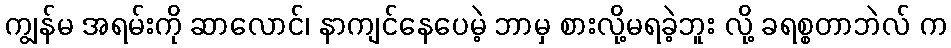
ကျွန်မ အရမ်းကို ဆာလောင်၊ နာကျင်နေပေမဲ့ ဘာမှ စားလို့မရခဲ့ဘူး လို့ ခရစ္စတာဘဲလ် က